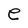
Character: e